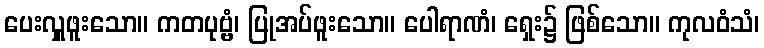
ပေးလှူဖူးသော။ ကတပုဗ္ဗံ၊ ပြုအပ်ဖူးသော။ ပေါရာဏံ၊ ရှေး၌ ဖြစ်သော။ ကုလဝံသံ၊